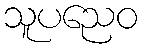
သူပညေဝ